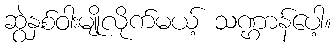
ဆွဲနှစ်ဝါးမျိုလိုက်မယ့် သဏ္ဌာန်ပေါ့။